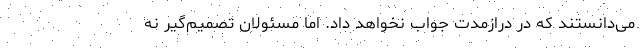
می‌دانستند که در درازمدت جواب نخواهد داد. اما مسئولان تصمیم‌گیر نه